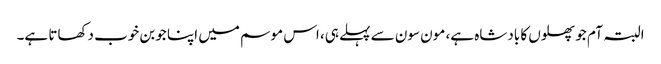
البتہ آم جو پھلوں کا بادشاہ ہے، مون سون سے پہلے ہی، اس موسم میں اپنا جوبن خوب دکھاتا ہے۔